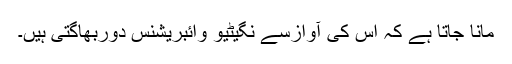
مانا جاتا ہے کہ اس کی آوازسے نگیٹیو وائبریشنس دوربھاگتی ہیں۔